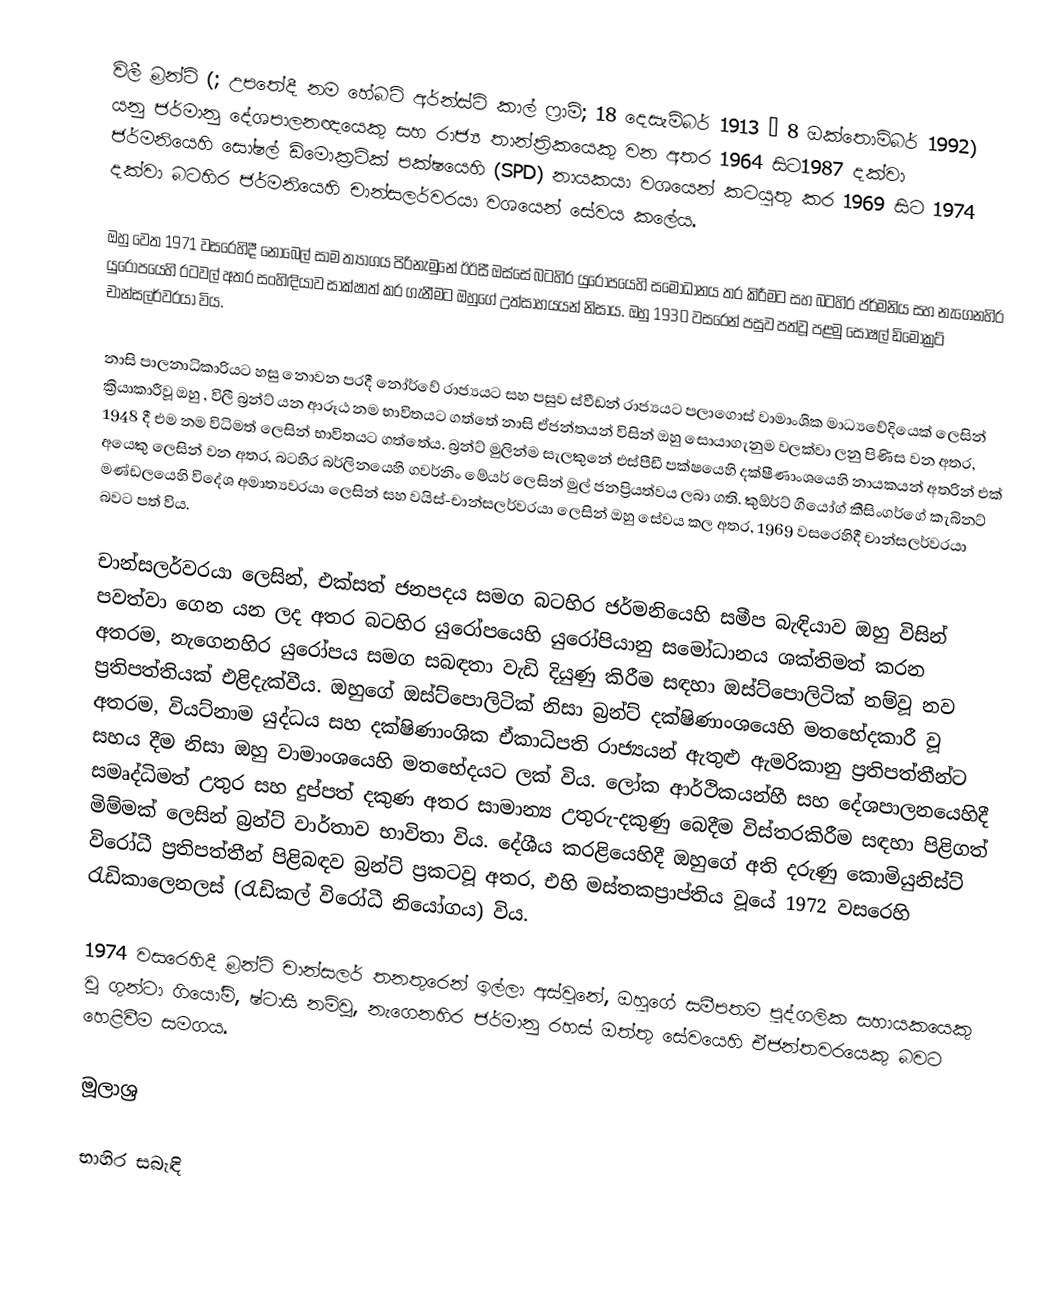
විලී බ්‍රන්ට් (; උපතේදී නම හේබට් අර්න්ස්ට් කාල් ෆ්‍රාම්; 18 දෙසැම්බර් 1913 – 8 ඔක්තොම්බර් 1992) යනු ජර්මානු දේශපාලනඥයෙකු සහ රාජ්‍ය තාන්ත්‍රිකයෙකු වන අතර 1964 සිට1987 දක්වා   ජර්මනියෙහි සෝෂල් ඩිමොක්‍රටික් පක්ෂයෙහි (SPD) නායකයා වශයෙන් කටයුතු කර 1969 සිට 1974 දක්වා බටහිර ජර්මනියෙහි චාන්සලර්වරයා වශයෙන් සේවය කලේය.

ඔහු වෙත 1971 වසරෙහිදී නොබෙල් සාම ත්‍යාගය පිරිනැමුනේ ඊඊසී ඔස්සේ බටහිර යුරෝපයෙහි සමෝධානය තර කිරීමට සහ බටහිර ජර්මනිය සහ නැගෙනහිර යුරෝපයෙහි රටවල් අතර සංහිඳියාව සාක්ෂාත් කර ගැනීමට ඔහුගේ උත්සාහයයන් නිසාය. ඔහු  1930 වසරෙන් පසුව පත්වූ පළමු සෝෂල් ඩිමොක්‍රට් චාන්සලර්වරයා විය.

නාසි පාලනාධිකාරියට හසු නොවන පරදී නෝර්වේ රාජ්‍යයට සහ පසුව ස්වීඩන් රාජ්‍යයට පලාගොස් වාමාංශික මාධ්‍යවේදියෙක් ලෙසින් ක්‍රියාකාරීවූ ඔහු , විලී බ්‍රන්ට් යන ආරූඨ නම භාවිතයට ගත්තේ නාසි ඒජන්තයන් විසින් ඔහු සොයාගැනුම වලක්වා ලනු පිණිස වන අතර, 1948 දී එම නම විධිමත් ලෙසින් භාවිතයට ගත්තේය. බ්‍රන්ට් මුලින්ම සැලකුනේ එස්පීඩී පක්ෂයෙහි දක්ෂීණාංශයෙහි නායකයන් අතරින් එක් අයෙකු ලෙසින් වන අතර, බටහිර බර්ලිනයෙහි ගවර්නිං මේයර් ලෙසින් මුල් ජනප්‍රියත්වය ලබා ගති.  කුඕර්ට් ගියෝග් කීසිංගර්ගේ කැබිනට් මණ්ඩලයෙහි  විදේශ අමාත්‍යවරයා ලෙසින් සහ  වයිස්-චාන්සලර්වරයා  ලෙසින් ඔහු සේවය කල අතර, 1969 වසරෙහිදී චාන්සලර්වරයා බවට පත් විය.

චාන්සලර්වරයා ලෙසින්, එක්සත් ජනපදය සමග බටහිර ජර්මනියෙහි සමීප බැඳියාව ඔහු විසින් පවත්වා ගෙන යන ලද අතර බටහිර යුරෝපයෙහි යුරෝපියානු සමෝධානය ශක්තිමත් කරන අතරම, නැගෙනහිර යුරෝපය සමග සබඳතා වැඩි දියුණු කිරීම සඳහා ඔස්ට්පොලිටික් නම්වූ නව ප්‍රතිපත්තියක් එළිදැක්වීය. ඔහුගේ ඔස්ට්පොලිටික් නිසා බ්‍රන්ට් දක්ෂිණාංශයෙහි මතභේදකාරී වූ අතරම, වියට්නාම යුද්ධය සහ දක්ෂිණාංශික ඒකාධිපති රාජ්‍යයන් ඇතුළු ඇමරිකානු ප්‍රතිපත්තීන්ට සහය දීම නිසා ඔහු වාමාංශයෙහි මතභේදයට ලක් විය.  ලෝක ආර්ථිකයන්හී සහ දේශපාලනයෙහිදී සමෘද්ධිමත් උතුර සහ දුප්පත් දකුණ අතර  සාමාන්‍ය උතුරු-දකුණු බෙදීම විස්තරකිරීම සඳහා පිළිගත් මිම්මක් ලෙසින් බ්‍රන්ට් වාර්තාව භාවිතා විය. දේශීය කරළියෙහිදී ඔහුගේ අති දරුණු කොමියුනිස්ට් විරෝධී ප්‍රතිපත්තීන් පිළිබඳව බ්‍රන්ට් ප්‍රකටවූ අතර, එහි මස්තකප්‍රාප්තිය වූයේ 1972 වසරෙහි  රැඩිකාලෙනලස් (රැඩිකල් විරෝධී නියෝගය) විය.

1974 වසරෙහිදී බ්‍රන්ට් චාන්සලර් තනතුරෙන් ඉල්ලා අස්වුනේ, ඔහුගේ සමීපතම පුද්ගලික සහායකයෙකු වූ ගුන්ටා ගියෝම්, ෂ්ටාසී නම්වූ, නැගෙනහිර ජර්මානු රහස් ඔත්තු සේවයෙහි ඒජන්තවරයෙකු බවට හෙළිවීම සමගය.

මූලාශ්‍ර

භාහිර සබැඳි